Indian journal of veterinary science and animal husbandry - Volume 2,
Year: 1932
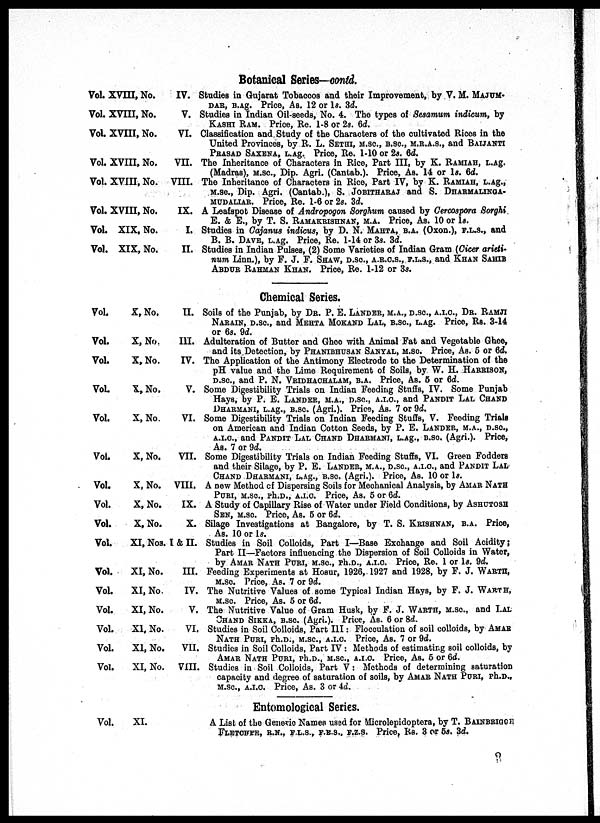
Botanical Series—contd.
Vol.
Vol.
Vol.
Vol.
Vol.
Vol.
Vol.
Vol.
XVIII, No.
XVIII, No.
XVIII, No.
XVIII, No.
XVIII, No.
XVIII, No.
XIX, No.
XIX, No.
IV.
V.
VI.
VII.
VIII.
IX.
I.
II.
Studies in Gujarat Tobaccos and their Improvement, by V. M. MAJUM-
DAR, B.Ag. Price, As. 12 or ls. 3d.
Studies in Indian Oil-seeds, No. 4. The types of Sesamum indicum, by
KASHI RAM. Price, Re. 1-8 or 2s. 6d.
Classification and Study of the Characters of the cultivated Rices in the
United Provinces, by R. L. SETHI, M.SC., B.SC., M.R.A.S., and BAIJANTI
PRASAD SAXENA, L.Ag. Price, Re. 1-10 or 2s. 6d.
The Inheritance of Characters in Rice, Part III, by K. RAMIAH, L.Ag.
(Madras), M.SC., Dip. Agri. (Cantab.). Price, As. 14 or ls. 6d.
The Inheritance of Characters in Rice, Part IV, by K. RAMIAH, L.Ag.,
M.SC., Dip, Agri. (Cantab.), S. JOBITHARAJ and S.DHARMALINGA-
MUDALIAR. Price, Re. 1-6 or 2s. 3d.
A Leafspot Disease of Andropogon Sorghum caused by Cercospora Sorghi
E. & E., by T. S. RAMAKRISHNAN, M.A. Price, As. 10 or ls.
Studies in Cajanus indicus, by D. N. MAHTA, B.A. (Oxon.), F.L.S., and
B. B. DAVE, L.Ag. Price, Re. 1-14 or 3s. 3d.
Studies in Indian Pulses, (2) Some Varieties of Indian Gram (Cicer arieti-
num Linn.), by F. J. F. SHAW, D.SC., A.R.C.S., F.L.S., and KHAN SAHIB
ABDUR RAHMAN KHAN. Price, Re. 1-12 or 3s.
Chemical Series.
Vol.
Vol.
Vol.
Vol.
Vol.
Vol.
Vol.
Vol.
Vol.
Vol.
Vol.
Vol.
Vol.
Vol.
Vol.
Vol.
X, No.
X, No.
X, No.
X,No.
X,No.
X,No.
X,No.
X,No.
X,No.
XI,Nos.
XI, No.
XI, No.
XI, No.
XI, No.
XI, No.
XI, No.
II.
III.
IV.
V.
VI.
VII.
VIII.
IX.
X.
I&II.
III.
IV.
V.
VI.
VII.
VIII.
Soils of the Punjab, by DR. P. E. LANDER, M.A., D.SC., A.I.C., DR. RAMJI
NARAIN, D.SC., and MEHTA MOKAND LAL, B.SC., L.Ag. Price, Rs. 3-14
or 6s. 9d.
Adulteration of Butter and Ghee with Animal Fat and Vegetable Ghee,
and its Detection, by PHANIBHUSAN SANYAL, M.SC. Price, As. 5 or 6d.
The Application of the Antimony Electrode to the Determination of the
pH value and the Lime Requirement of Soils, by W. H. HARRISON,
D.SC., and P. N. VRIDHACHALAM, B.A. Price, As. 5 or 6d.
Some Digestibility Trials on Indian Feeding Stuffs, IV. Some Punjab
Hays, by P. E. LANDER, M.A., D.SC., A.I.C., and PANDIT LAL CHAND
DHARMANI, L.Ag., B.SC. (Agri.). Price, As. 7 or 9d.
Some Digestibility Trials on Indian Feeding Stuffs, V. Feeding Trials
on American and Indian Cotton Seeds, by P. E. LANDER, M.A., D.SC.,
A.I.C., and PANDIT LAL CHAND DHARMANI, L.Ag., B.SC. (Agri.). Price,
As. 7 or 9d.
Some Digestibility Trials on Indian Feeding Stuffs, VI. Green Fodders
and their Silage, by P. E, LANDER, M.A., D.SC., A.I.C., and PANDIT LAL
CHAND DHARMANI, L.Ag., B.SC. (Agri.). Price, As. 10 or ls.
A new Method of Dispersing Soils for Mechanical Analysis, by AMAR NATH
PURI, M.SC., Ph.D., A.I.C. Price, As. 5 or 6d.
A Study of Capillary Rise of Water under Field Conditions, by ASHUTOSH
SEN, M.SC. Price, As. 5 or 6d.
Silage Investigations at Bangalore, by T. S. KRISHNAN, B.A. Price,
As. 10 or ls.
Studies in Soil Colloids, Part I—Base Exchange and Soil Acidity;
Part II—Factors influencing the Dispersion of Soil Colloids in Water,
by AMAR NATH PURI, M.SC., Ph.D., A.I.C. Price, Re. 1 or ls. 9d.
Feeding Experiments at Hosur, 1926, 1927 and 1928, by F. J. WARTH,
M.SC. Price, As. 7 or 9d.
The Nutritive Values of some Typical Indian Hays, by F. J. WARTH,
M.SC. Price, As. 5 or 6d.
The Nutritive Value of Gram Husk, by F. J. WARTH, M.SC., and LAL
CHAND SIKKA, B.SC. (Agri.). Price, As. 6 or 8d.
Studies in Soil Colloids, Part III: Flocculation of soil colloids, by AMAR
NATH PURI, Ph.D., M.SC., A.I.C. Price, As. 7 or 9d.
Studies in Soil Colloids, Part IV: Methods of estimating soil colloids, by
AMAR NATH PURI, Ph.D., M.SC., A.I.C. Price, As. 5 or 6d.
Studies in Soil Colloids, Part V: Methods of determining saturation
capacity and degree of saturation of soils, by AMAR NATH PURI, Ph.D.,
M.SC., A.I.C. Price, As. 3 or 4d.
Entomological Series.
Vol.
XI.
A List of the Generic Names used for Microlepidoptera, by T. BAINBRIGGE
FLETCHER, R.N., F.L.S., F.E.S., F.Z.S. Price, Rs. 3 or 5s. 3d.
2